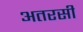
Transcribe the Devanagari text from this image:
अतरसी